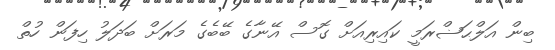
ބިން އަލްޙަޟްރަމީ ކައިރިއަށް ގޮސް އޭނާގެ ބޭބެގެ މަރަށް ބަދަލު ހިފަން ހުތް